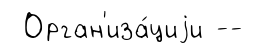
Орган'иза́циjи --